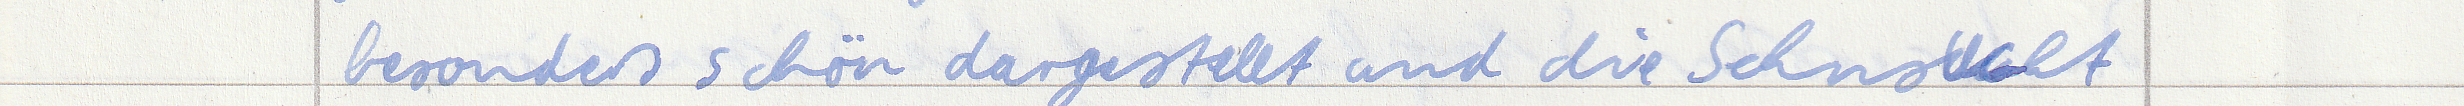
besonders schön dargestellt und die Sehnsucht